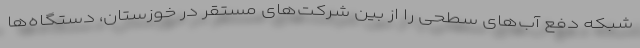
شبکه دفع آب‌های سطحی را از بین شرکت‌های مستقر در خوزستان، دستگاه‌ها